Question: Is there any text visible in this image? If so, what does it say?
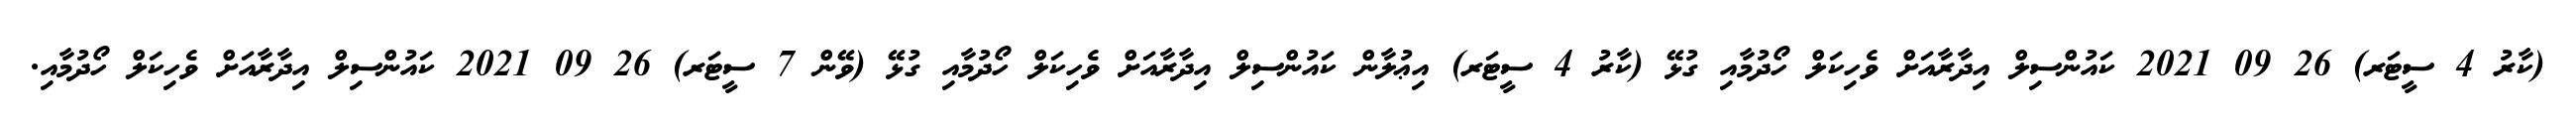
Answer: (ކާރު 4 ސީޓަރ) 26 09 2021 ކައުންސިލް އިދާރާއަށް ވެހިކަލް ހޯދުމާއި ގުޅޭ (ކާރު 4 ސީޓަރ) އިޢުލާން ކައުންސިލް އިދާރާއަށް ވެހިކަލް ހޯދުމާއި ގުޅޭ (ވޭން 7 ސީޓަރ) 26 09 2021 ކައުންސިލް އިދާރާއަށް ވެހިކަލް ހޯދުމާއި.